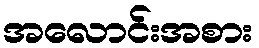
အလောင်းအစား